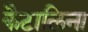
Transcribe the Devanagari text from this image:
कैटालिना